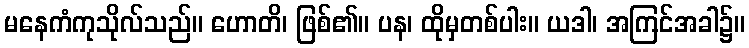
မနေကံကုသိုလ်သည်။ ဟောတိ၊ ဖြစ်၏။ ပန၊ ထိုမှတစ်ပါး။ ယဒါ၊ အကြင်အခါ၌။